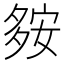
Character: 𡖨